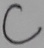
Text: C